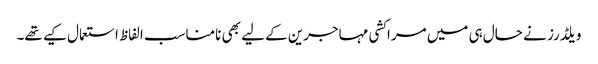
ویلڈرز نے حال ہی میں مراکشی مہاجرین کے لیے بھی نامناسب الفاظ استعمال کیے تھے۔